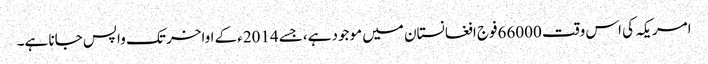
امریکہ کی اس وقت 66000فوج افغانستان میں موجود ہے،جسے 2014ءکے اواخر تک واپس جانا ہے۔